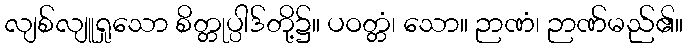
လျစ်လျူရှုသော စိတ္တုပ္ပါဒ်တို့၌။ ပဝတ္တံ၊ သော။ ဉာဏံ၊ ဉာဏ်မည်၏။